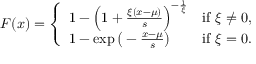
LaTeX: F ( x ) = { \left\{ \begin{array} { l l } { 1 - { \Big ( } 1 + { \frac { \xi ( x - \mu ) } { s } } { \Big ) } ^ { - { \frac { 1 } { \xi } } } } & { { \mathrm { i f ~ } } \xi \neq 0 , } \\ { 1 - \exp { \bigl ( } - { \frac { x - \mu } { s } } { \bigr ) } } & { { \mathrm { i f ~ } } \xi = 0 . } \end{array} \right. }